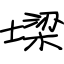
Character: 墚